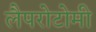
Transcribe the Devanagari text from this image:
लैपरोटोमी